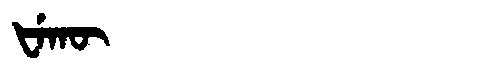
Manchu: ᡶᡝᡴᡡ
Romanization: FEKŪ